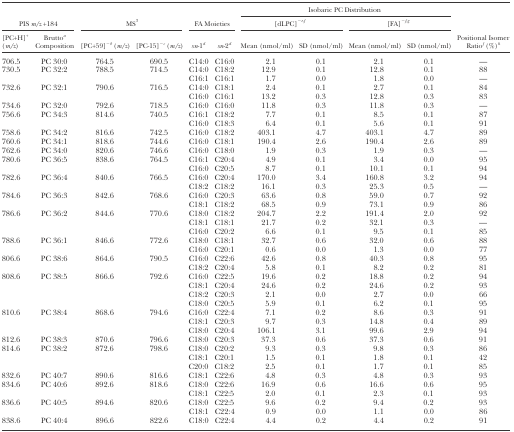
<table><thead><tr><td></td><td></td><td></td><td></td><td></td><td></td><td colspan="4"><b>Isobaric PC Distribution</b></td><td></td></tr><tr><td colspan="2"><b>PIS <i>m/z</i> +184</b></td><td colspan="2"><b>MS<sup>3</sup></b></td><td colspan="2"><b>FA Moieties</b></td><td colspan="2"><b>[dLPC]<sup>−</sup><i><sup>e</sup></i>,<i><sup>f</sup></i></b></td><td colspan="2"><b>[FA]<sup>−</sup><i><sup>f</sup></i>,<i><sup>g</sup></i></b></td><td></td></tr><tr><td><b>[PC+H]<sup>+</sup> (<i>m/z</i>)</b></td><td><b>Brutto<i><sup>a</sup></i> Composition</b></td><td><b>[PC+59]<sup>−</sup><i><sup>b</sup></i> (<i>m/z</i>)</b></td><td><b>[PC-15]<sup>−</sup><i><sup>c</sup></i> (<i>m/z</i>)</b></td><td><b><i>sn</i>-1<i><sup>d</sup></i></b></td><td><b><i>sn</i>-2<i><sup>d</sup></i></b></td><td><b>Mean (nmol/ml)</b></td><td><b>SD (nmol/ml)</b></td><td><b>Mean (nmol/ml)</b></td><td><b>SD (nmol/ml)</b></td><td><b>Positional Isomer Ratio<i><sup>f</sup></i> (%)<i><sup>h</sup></i></b></td></tr></thead><tbody><tr><td>706.5</td><td>PC 30:0</td><td>764.5</td><td>690.5</td><td>C14:0</td><td>C16:0</td><td>2.1</td><td>0.1</td><td>2.1</td><td>0.1</td><td>—</td></tr><tr><td>730.5</td><td>PC 32:2</td><td>788.5</td><td>714.5</td><td>C14:0</td><td>C18:2</td><td>12.9</td><td>0.1</td><td>12.8</td><td>0.1</td><td>88</td></tr><tr><td></td><td></td><td></td><td></td><td>C16:1</td><td>C16:1</td><td>1.7</td><td>0.0</td><td>1.8</td><td>0.0</td><td>—</td></tr><tr><td>732.6</td><td>PC 32:1</td><td>790.6</td><td>716.5</td><td>C14:0</td><td>C18:1</td><td>2.4</td><td>0.1</td><td>2.7</td><td>0.1</td><td>84</td></tr><tr><td></td><td></td><td></td><td></td><td>C16:0</td><td>C16:1</td><td>13.2</td><td>0.3</td><td>12.8</td><td>0.3</td><td>83</td></tr><tr><td>734.6</td><td>PC 32:0</td><td>792.6</td><td>718.5</td><td>C16:0</td><td>C16:0</td><td>11.8</td><td>0.3</td><td>11.8</td><td>0.3</td><td>—</td></tr><tr><td>756.6</td><td>PC 34:3</td><td>814.6</td><td>740.5</td><td>C16:1</td><td>C18:2</td><td>7.7</td><td>0.1</td><td>8.5</td><td>0.1</td><td>87</td></tr><tr><td></td><td></td><td></td><td></td><td>C16:0</td><td>C18:3</td><td>6.4</td><td>0.1</td><td>5.6</td><td>0.1</td><td>91</td></tr><tr><td>758.6</td><td>PC 34:2</td><td>816.6</td><td>742.5</td><td>C16:0</td><td>C18:2</td><td>403.1</td><td>4.7</td><td>403.1</td><td>4.7</td><td>89</td></tr><tr><td>760.6</td><td>PC 34:1</td><td>818.6</td><td>744.6</td><td>C16:0</td><td>C18:1</td><td>190.4</td><td>2.6</td><td>190.4</td><td>2.6</td><td>89</td></tr><tr><td>762.6</td><td>PC 34:0</td><td>820.6</td><td>746.6</td><td>C16:0</td><td>C18:0</td><td>1.9</td><td>0.3</td><td>1.9</td><td>0.3</td><td>—</td></tr><tr><td>780.6</td><td>PC 36:5</td><td>838.6</td><td>764.5</td><td>C16:1</td><td>C20:4</td><td>4.9</td><td>0.1</td><td>3.4</td><td>0.0</td><td>95</td></tr><tr><td></td><td></td><td></td><td></td><td>C16:0</td><td>C20:5</td><td>8.7</td><td>0.1</td><td>10.1</td><td>0.1</td><td>94</td></tr><tr><td>782.6</td><td>PC 36:4</td><td>840.6</td><td>766.5</td><td>C16:0</td><td>C20:4</td><td>170.0</td><td>3.4</td><td>160.8</td><td>3.2</td><td>94</td></tr><tr><td></td><td></td><td></td><td></td><td>C18:2</td><td>C18:2</td><td>16.1</td><td>0.3</td><td>25.3</td><td>0.5</td><td>—</td></tr><tr><td>784.6</td><td>PC 36:3</td><td>842.6</td><td>768.6</td><td>C16:0</td><td>C20:3</td><td>63.6</td><td>0.8</td><td>59.0</td><td>0.7</td><td>92</td></tr><tr><td></td><td></td><td></td><td></td><td>C18:1</td><td>C18:2</td><td>68.5</td><td>0.9</td><td>73.1</td><td>0.9</td><td>86</td></tr><tr><td>786.6</td><td>PC 36:2</td><td>844.6</td><td>770.6</td><td>C18:0</td><td>C18:2</td><td>204.7</td><td>2.2</td><td>191.4</td><td>2.0</td><td>92</td></tr><tr><td></td><td></td><td></td><td></td><td>C18:1</td><td>C18:1</td><td>21.7</td><td>0.2</td><td>32.1</td><td>0.3</td><td>—</td></tr><tr><td></td><td></td><td></td><td></td><td>C16:0</td><td>C20:2</td><td>6.6</td><td>0.1</td><td>9.5</td><td>0.1</td><td>85</td></tr><tr><td>788.6</td><td>PC 36:1</td><td>846.6</td><td>772.6</td><td>C18:0</td><td>C18:1</td><td>32.7</td><td>0.6</td><td>32.0</td><td>0.6</td><td>88</td></tr><tr><td></td><td></td><td></td><td></td><td>C16:0</td><td>C20:1</td><td>0.6</td><td>0.0</td><td>1.3</td><td>0.0</td><td>77</td></tr><tr><td>806.6</td><td>PC 38:6</td><td>864.6</td><td>790.5</td><td>C16:0</td><td>C22:6</td><td>42.6</td><td>0.8</td><td>40.3</td><td>0.8</td><td>95</td></tr><tr><td></td><td></td><td></td><td></td><td>C18:2</td><td>C20:4</td><td>5.8</td><td>0.1</td><td>8.2</td><td>0.2</td><td>81</td></tr><tr><td>808.6</td><td>PC 38:5</td><td>866.6</td><td>792.6</td><td>C16:0</td><td>C22:5</td><td>19.6</td><td>0.2</td><td>18.8</td><td>0.2</td><td>94</td></tr><tr><td></td><td></td><td></td><td></td><td>C18:1</td><td>C20:4</td><td>24.6</td><td>0.2</td><td>24.6</td><td>0.2</td><td>93</td></tr><tr><td></td><td></td><td></td><td></td><td>C18:2</td><td>C20:3</td><td>2.1</td><td>0.0</td><td>2.7</td><td>0.0</td><td>66</td></tr><tr><td></td><td></td><td></td><td></td><td>C18:0</td><td>C20:5</td><td>5.9</td><td>0.1</td><td>6.2</td><td>0.1</td><td>95</td></tr><tr><td>810.6</td><td>PC 38:4</td><td>868.6</td><td>794.6</td><td>C16:0</td><td>C22:4</td><td>7.1</td><td>0.2</td><td>8.6</td><td>0.3</td><td>91</td></tr><tr><td></td><td></td><td></td><td></td><td>C18:1</td><td>C20:3</td><td>9.7</td><td>0.3</td><td>14.8</td><td>0.4</td><td>89</td></tr><tr><td></td><td></td><td></td><td></td><td>C18:0</td><td>C20:4</td><td>106.1</td><td>3.1</td><td>99.6</td><td>2.9</td><td>94</td></tr><tr><td>812.6</td><td>PC 38:3</td><td>870.6</td><td>796.6</td><td>C18:0</td><td>C20:3</td><td>37.3</td><td>0.6</td><td>37.3</td><td>0.6</td><td>91</td></tr><tr><td>814.6</td><td>PC 38:2</td><td>872.6</td><td>798.6</td><td>C18:0</td><td>C20:2</td><td>9.3</td><td>0.3</td><td>9.8</td><td>0.3</td><td>86</td></tr><tr><td></td><td></td><td></td><td></td><td>C18:1</td><td>C20:1</td><td>1.5</td><td>0.1</td><td>1.8</td><td>0.1</td><td>42</td></tr><tr><td></td><td></td><td></td><td></td><td>C20:0</td><td>C18:2</td><td>2.5</td><td>0.1</td><td>1.7</td><td>0.1</td><td>85</td></tr><tr><td>832.6</td><td>PC 40:7</td><td>890.6</td><td>816.6</td><td>C18:1</td><td>C22:6</td><td>4.8</td><td>0.3</td><td>4.8</td><td>0.3</td><td>93</td></tr><tr><td>834.6</td><td>PC 40:6</td><td>892.6</td><td>818.6</td><td>C18:0</td><td>C22:6</td><td>16.9</td><td>0.6</td><td>16.6</td><td>0.6</td><td>95</td></tr><tr><td></td><td></td><td></td><td></td><td>C18:1</td><td>C22:5</td><td>2.0</td><td>0.1</td><td>2.3</td><td>0.1</td><td>93</td></tr><tr><td>836.6</td><td>PC 40:5</td><td>894.6</td><td>820.6</td><td>C18:0</td><td>C22:5</td><td>9.6</td><td>0.2</td><td>9.4</td><td>0.2</td><td>93</td></tr><tr><td></td><td></td><td></td><td></td><td>C18:1</td><td>C22:4</td><td>0.9</td><td>0.0</td><td>1.1</td><td>0.0</td><td>86</td></tr><tr><td>838.6</td><td>PC 40:4</td><td>896.6</td><td>822.6</td><td>C18:0</td><td>C22:4</td><td>4.4</td><td>0.2</td><td>4.4</td><td>0.2</td><td>91</td></tr></tbody></table>